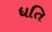
ધતિ